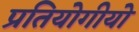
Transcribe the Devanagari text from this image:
प्रतियोगीयो